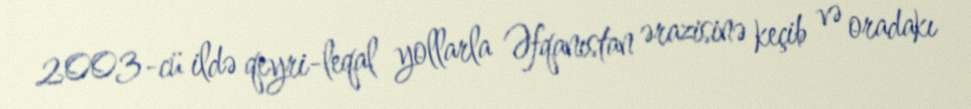
2003-cü ildə qeyri-leqal yollarla Əfqanıstan ərazisinə keçib və oradakı